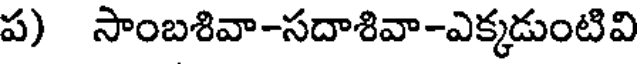
ప) సాంబశివా-సదాశివా-ఎక్కడుంటివి